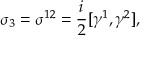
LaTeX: \sigma _ { 3 } = \sigma ^ { 1 2 } = { \frac { i } { 2 } } [ \gamma ^ { 1 } , \gamma ^ { 2 } ] ,